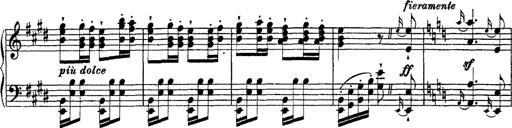
Title: Ã‰tudes d'exÃ©cution transcendante d'aprÃ¨s Paganini
Composer: Franz Liszt